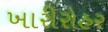
ખારીરોહર